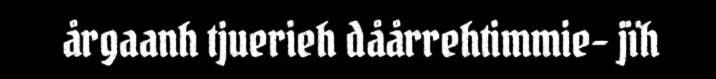
årgaanh tjuerieh dåårrehtimmie- jïh